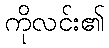
ကိုလင်း၏